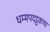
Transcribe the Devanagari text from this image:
धम्मपदट्ठकथा